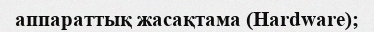
аппараттық жасақтама (Hardware);